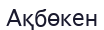
Ақбөкен